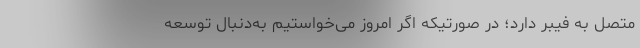
متصل به فیبر دارد؛ در صورتیکه اگر امروز می‌خواستیم به‌دنبال توسعه